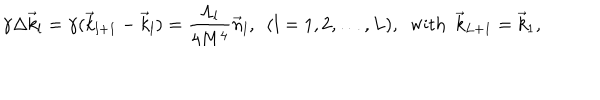
\gamma \Delta \vec { k } _ { l } = \gamma ( \vec { k } _ { l + 1 } - \vec { k } _ { l } ) = \frac { \Lambda _ { l } } { 4 M ^ { 4 } } \vec { n } _ { l } , \, \, \, ( l = 1 , 2 , \dots , L ) , \, \, \, \mathrm { w i t h } \, \, \, \vec { k } _ { L + 1 } = \vec { k } _ { 1 } ,